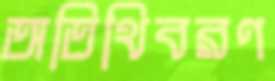
অতিথিবরণ